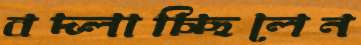
বদ্‌লাচ্ছিলেন